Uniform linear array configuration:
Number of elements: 32
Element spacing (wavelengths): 0.5
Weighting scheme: binomial
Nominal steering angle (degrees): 60
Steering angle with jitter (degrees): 60.361
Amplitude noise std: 0.05
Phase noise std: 0.05

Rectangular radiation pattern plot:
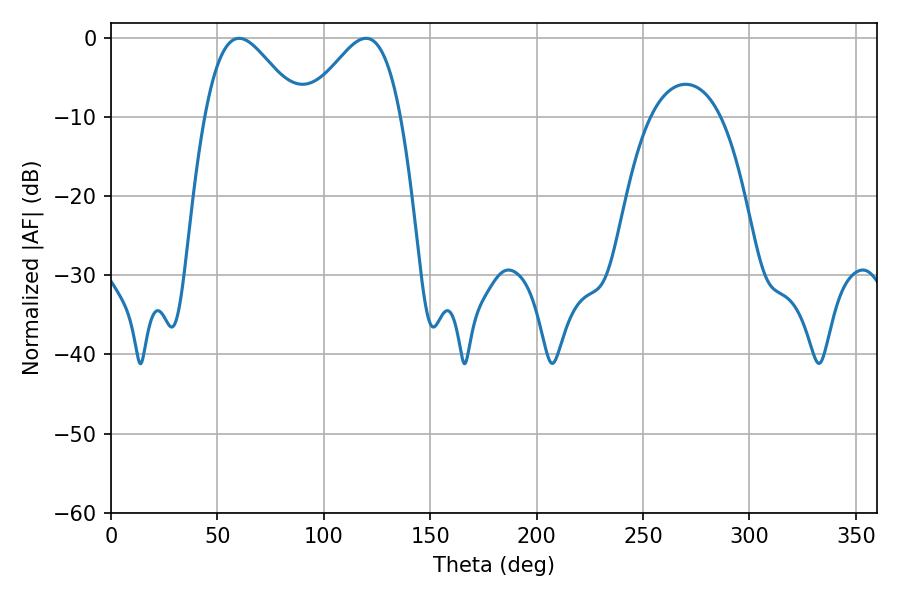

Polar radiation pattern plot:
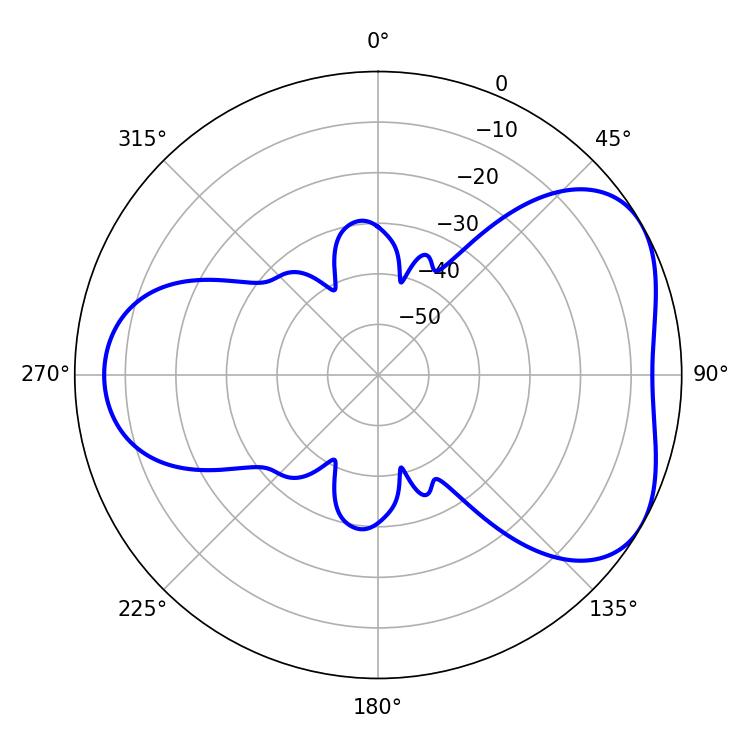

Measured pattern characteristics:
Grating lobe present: FALSE
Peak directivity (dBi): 4.667
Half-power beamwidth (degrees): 23.76
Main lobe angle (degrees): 60.12